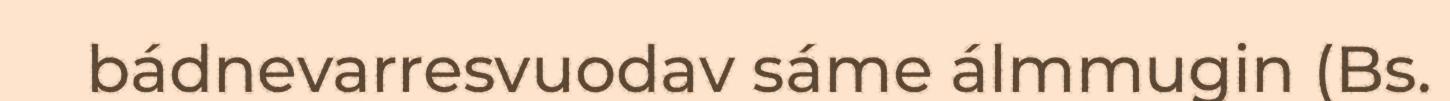
bádnevarresvuodav sáme álmmugin (Bs.